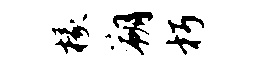
椽朔朽